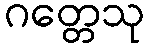
ဂတ္တေသု